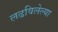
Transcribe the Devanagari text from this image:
लढविलेल्या